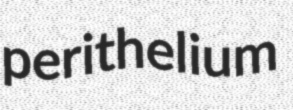
perithelium